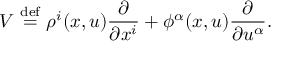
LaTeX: V \ { \stackrel { \mathrm { d e f } } { = } } \ \rho ^ { i } ( x , u ) { \frac { \partial } { \partial x ^ { i } } } + \phi ^ { \alpha } ( x , u ) { \frac { \partial } { \partial u ^ { \alpha } } } .